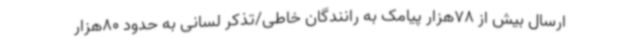
ارسال بیش از 78هزار پیامک به رانندگان خاطی/تذکر لسانی به حدود 80هزار